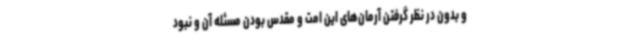
و بدون در نظر گرفتن آرمان‌های این امت و مقدس بودن مسئله آن و نبود